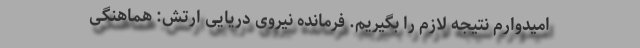
امیدوارم نتیجه لازم را بگیریم. فرمانده نیروی دریایی ارتش: هماهنگی